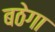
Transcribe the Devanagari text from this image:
बठेगा